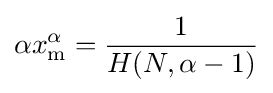
\alpha x_{\mathrm {m} }^{\alpha }={\frac {1}{H(N,\alpha -1)}}